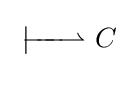
\;{\overset {\textstyle }{\underset {\textstyle }{|\!\!\!-\!\!\!-\!\!\!-\!\!\!\rightharpoonup }}}\ C